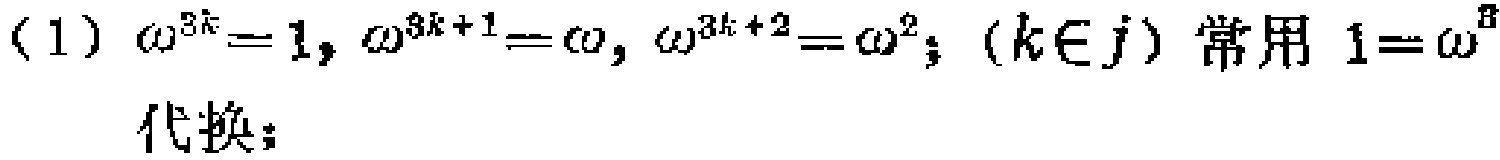
(1) $\omega^{3k}=1, \omega^{3k + 1}=\omega, \omega^{3k + 2}=\omega^{2}; \ (k\in j)$ 常用 $1 = \omega^{n}$ 代换；